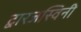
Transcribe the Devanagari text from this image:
द्वारजस्विनी